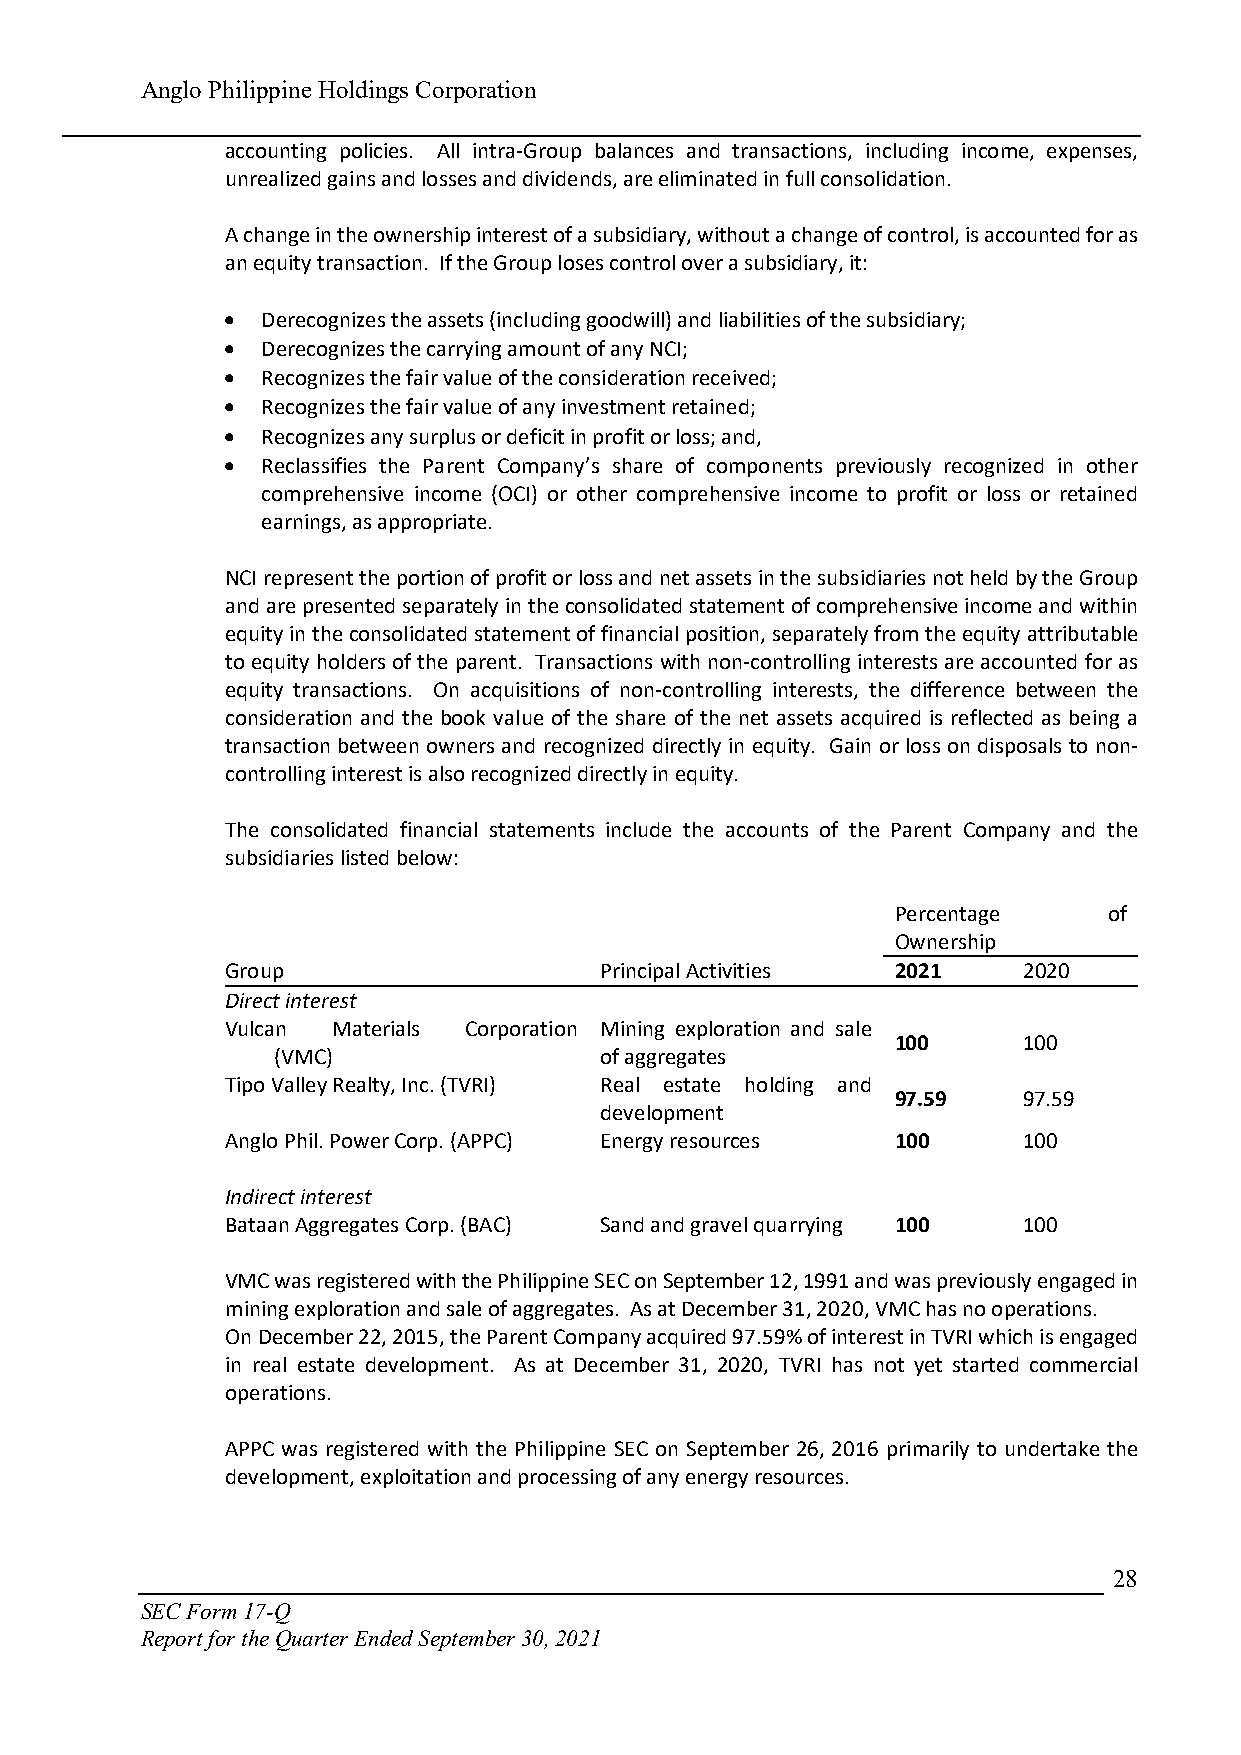
Anglo Philippine Holdings Corporation
 accounting policies. All intra-Group balances and transactions, including income, expenses,
 unrealized gains and losses and dividends, are eliminated in full consolidation.
 A change in the ownership interest of a subsidiary, without a change of control, is accounted for as
 an equity transaction. If the Group loses control over a subsidiary, it:
  Derecognizes the assets (including goodwill) and liabilities of the subsidiary;
  Derecognizes the carrying amount of any NCI;
  Recognizes the fair value of the consideration received;
  Recognizes the fair value of any investment retained;
  Recognizes any surplus or deficit in profit or loss; and,
  Reclassifies the Parent Company’s share of components previously recognized in other
 comprehensive income (OCI) or other comprehensive income to profit or loss or retained
 earnings, as appropriate.
 NCI represent the portion of profit or loss and net assets in the subsidiaries not held by the Group
 and are presented separately in the consolidated statement of comprehensive income and within
 equity in the consolidated statement of financial position, separately from the equity attributable
 to equity holders of the parent. Transactions with non-controlling interests are accounted for as
 equity transactions. On acquisitions of non-controlling interests, the difference between the
 consideration and the book value of the share of the net assets acquired is reflected as being a
 transaction between owners and recognized directly in equity. Gain or loss on disposals to non-
 controlling interest is also recognized directly in equity.
 The consolidated financial statements include the accounts of the Parent Company and the
 subsidiaries listed below:
 Percentage    of
 Ownership
 Group                    Principal Activities 2021   2020
 Direct interest
 Vulcan Materials Corporation Mining exploration and sale
 100      100
 (VMC)                 of aggregates
 Tipo Valley Realty, Inc. (TVRI) Real estate holding and
 97.59    97.59
 development
 Anglo Phil. Power Corp. (APPC) Energy resources 100  100
 Indirect interest
 Bataan Aggregates Corp. (BAC) Sand and gravel quarrying 100 100
 VMC was registered with the Philippine SEC on September 12, 1991 and was previously engaged in
 mining exploration and sale of aggregates. As at December 31, 2020, VMC has no operations.
 On December 22, 2015, the Parent Company acquired 97.59% of interest in TVRI which is engaged
 in real estate development. As at December 31, 2020, TVRI has not yet started commercial
 operations.
 APPC was registered with the Philippine SEC on September 26, 2016 primarily to undertake the
 development, exploitation and processing of any energy resources.
 28
 SEC Form 17-Q
 Report for the Quarter Ended September 30, 2021